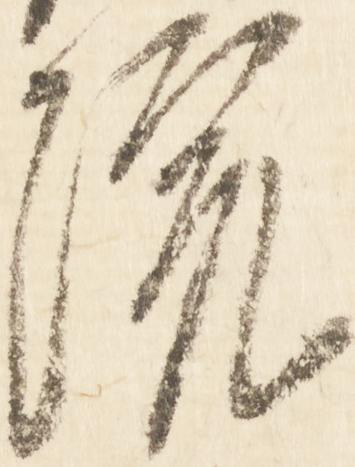
院